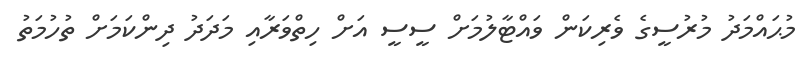
މުޙައްމަދު މުރުސީގެ ވެރިކަން ވައްޓާލުމަށް ސީސީ އަށް ހިތްވަރާއި މަދަދު ދިންކަމަށް ތުހުމަތު